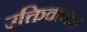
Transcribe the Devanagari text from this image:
उक्तिवाचक